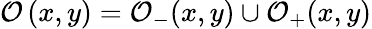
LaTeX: \mathcal{O}\left(x,y\right)=\mathcal{O}_{-}(x,y)\cup\mathcal{O}_{+}(x,y)